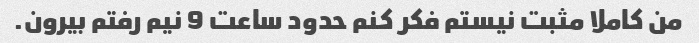
من کاملا مثبت نیستم فکر کنم حدود ساعت 9 نیم رفتم بیرون.